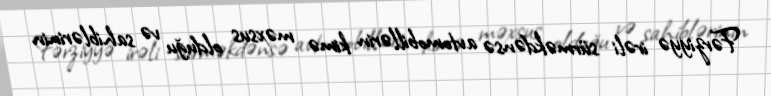
Fərziyyə irəli sürməkdənsə avtomobillərin kimə məxsus olduğu və sahiblərinin